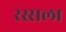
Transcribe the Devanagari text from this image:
रस्सला